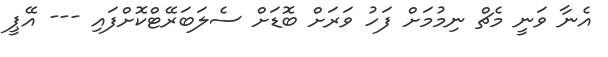
އެނާ ވަނީ މެޗް ނިމުމަށް ފަހު ވަރަށް ބޮޑަށް ސެލަބަރޭޓްކޮށްފައި --- އޭޕީ